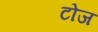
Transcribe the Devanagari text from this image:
टोज